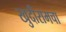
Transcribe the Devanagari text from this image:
खुदीरामचा